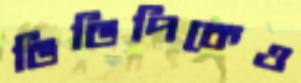
ভিডিপিকেও